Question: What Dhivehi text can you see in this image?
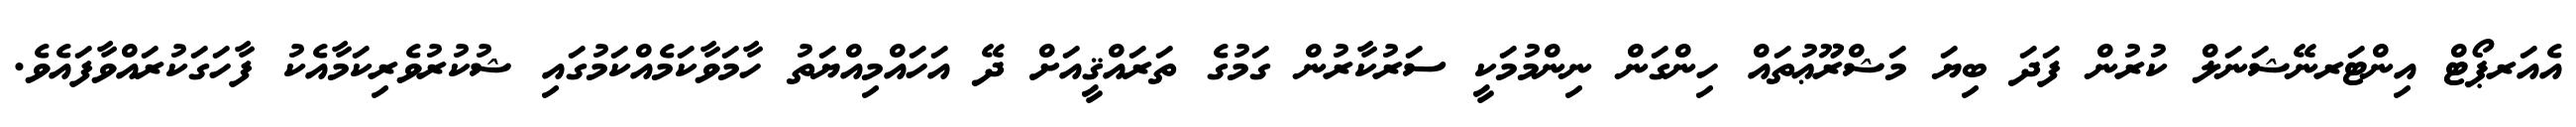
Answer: އެއަރޕޯޓް އިންޓަރނޭޝަނަލް ކުރުން ފަދަ ބިޔަ މަޝްރޫޢުތައް ހިންގަން ނިންމުމަކީ ސަރުކާރުން ގަމުގެ ތަރައްޤީއަށް ދޭ އަހައްމިއްޔަތު ހާމަވާކަމެއްކަމުގައި ޝުކުރުވެރިކަމާއެކު ފާހަގަކުރައްވާފައެވެ.